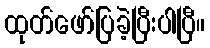
ထုတ်ဖော်ပြခဲ့ပြီးပါပြီ။